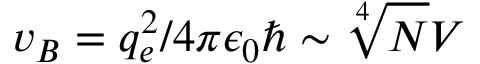
v _ { B } = q _ { e } ^ { 2 } / 4 \pi \epsilon _ { 0 } \hbar \sim \sqrt [ 4 ] { N } V